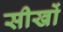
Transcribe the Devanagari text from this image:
सीखों